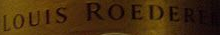
LOUIS ROEDERE